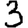
Digit: 3